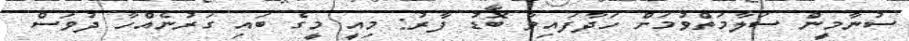
ސުނާމީން ސަލާމަތްވުމަށް ހަދާފައިވާ ބޮޑު ފާރު: މިއީ މީގެ ބައި ގަރުނެއްހާ ދުވަސް